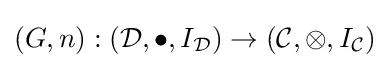
(G,n):({\mathcal {D}},\bullet ,I_{\mathcal {D}})\to ({\mathcal {C}},\otimes ,I_{\mathcal {C}})